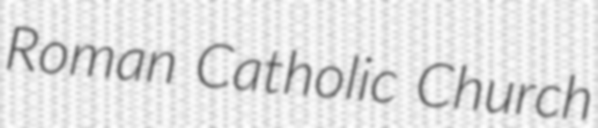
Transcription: Roman Catholic Church